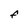
Character: F